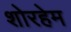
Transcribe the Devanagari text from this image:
शोरहेम